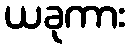
ယခုကား